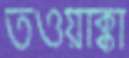
তওয়াক্কা